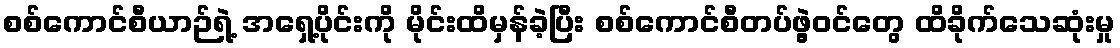
စစ်ကောင်စီယာဉ်ရဲ့ အရှေ့ပိုင်းကို မိုင်းထိမှန်ခဲ့ပြီး စစ်ကောင်စီတပ်ဖွဲ့ဝင်တွေ ထိခိုက်သေဆုံးမှု